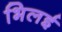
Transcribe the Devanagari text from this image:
भिलई